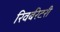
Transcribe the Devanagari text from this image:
रिवर्बरेटरी